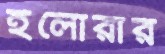
ইলোরার